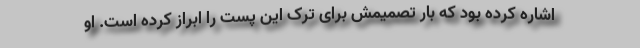
اشاره کرده بود که بار تصمیمش برای ترک این پست را ابراز کرده است. او